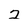
Character: 2